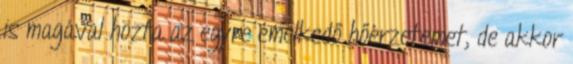
is magával hozta az egyre emelkedő hőérzetemet, de akkor